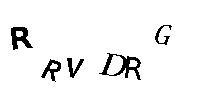
RRVDRG